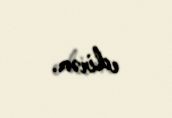
edirəm.